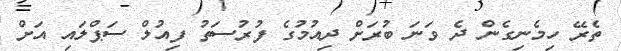
ތެރޭ ހިމެނިގެން ދެ ވަނަ ބުރަށް ދިއުމުގެ ފުރުސަތު ފިއުލް ސަޕްލައި އަށް